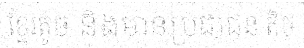
ខ្មែរតូច និងមានប្រជាជន តិច